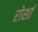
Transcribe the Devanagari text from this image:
रोर्शा